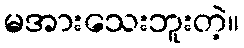
မအားသေးဘူးတဲ့။